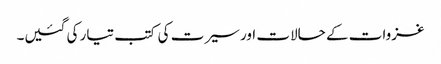
غزوات کے حالات اور سیرت کی کتب تیار کی گئیں۔